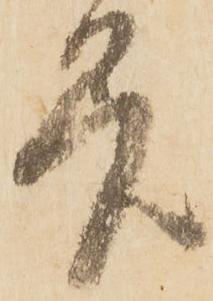
差